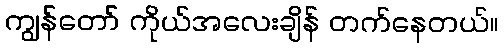
ကျွန်တော် ကိုယ်အလေးချိန် တက်နေတယ်။